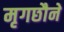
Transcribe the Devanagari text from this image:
मृगछौने